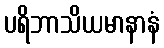
ပရိဘာသိယမာနာနံ